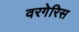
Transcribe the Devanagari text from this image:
वरगेरिस